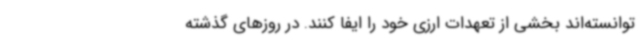
توانسته‌اند بخشی از تعهدات ارزی خود را ایفا کنند. در روزهای گذشته